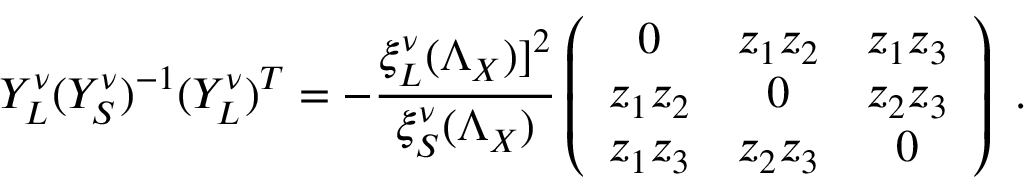
Y _ { L } ^ { \nu } ( Y _ { S } ^ { \nu } ) ^ { - 1 } ( Y _ { L } ^ { \nu } ) ^ { T } = - \frac { \xi _ { L } ^ { \nu } ( \Lambda _ { X } ) ] ^ { 2 } } { \xi _ { S } ^ { \nu } ( \Lambda _ { X } ) } \left( \begin{array} { c c c } { { 0 } } & { { z _ { 1 } z _ { 2 } } } & { { z _ { 1 } z _ { 3 } } } \\ { { z _ { 1 } z _ { 2 } } } & { { 0 } } & { { z _ { 2 } z _ { 3 } } } \\ { { z _ { 1 } z _ { 3 } } } & { { z _ { 2 } z _ { 3 } } } & { { 0 } } \end{array} \right) \ .